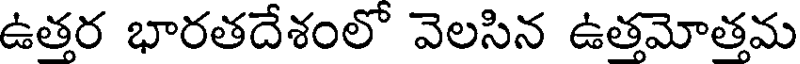
ఉత్తర భారతదేశంలో వెలసిన ఉత్తమోత్తమ